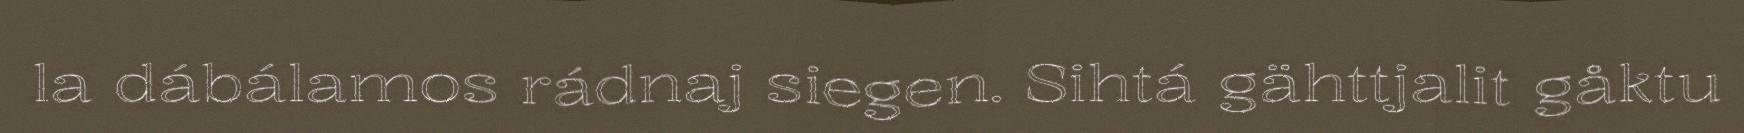
la dábálamos rádnaj siegen. Sihtá gähttjalit gåktu